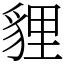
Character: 貍